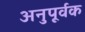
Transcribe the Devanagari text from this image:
अनुपूर्वक